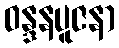
ဝန္ဒနပူဇနာ